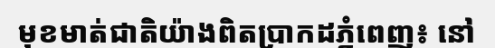
មុខមាត់ជាតិយ៉ាងពិតប្រាកដភ្នំពេញ៖ នៅ